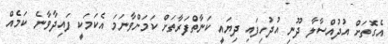
އެގޮތަށް އުދުއްސާލާ ދޫނި އުދުހިފައި ދިޔައީ ކަނާތްފަރާތަށް ކަމަށްވާނަމަ އެކަމަކީ ފައިދާވާނެ ކަމެއް